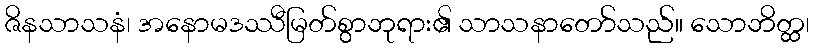
ဇိနသာသနံ၊ အနောမဒဿီမြတ်စွာဘုရား၏ သာသနာတော်သည်။ သောဘိတ္ထ၊